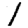
Digit: 1